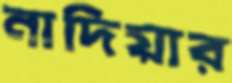
নাদিয়ার